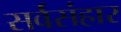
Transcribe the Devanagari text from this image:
सर्वसंहार